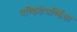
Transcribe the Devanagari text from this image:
पण्डितेमर्ण्डिता